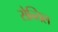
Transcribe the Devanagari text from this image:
सेन्तिल